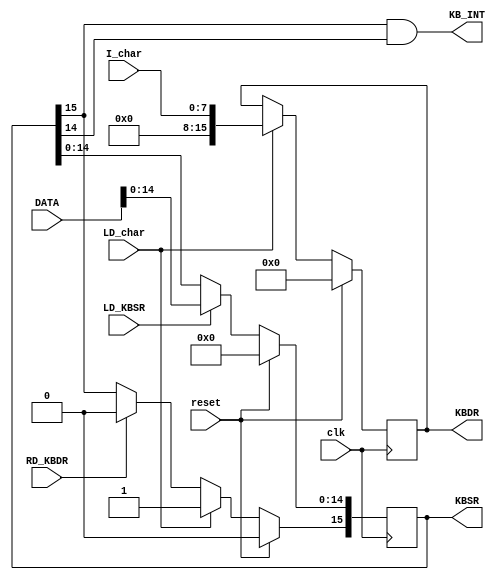
`timescale 1ns / 1ps
//////////////////////////////////////////////////////////////////////////////////
// Company: 
// Engineer: 
// 
// Design Name: 
// Module Name:    LC3_keyboard_reg 
// Project Name: 
// Target Devices: 
// Tool versions: 
// Description: 
//
// Dependencies: 
//
// Revision: 
// Revision 0.01 - File Created
// Additional Comments: 
//
//////////////////////////////////////////////////////////////////////////////////
module LC3_keyboard_reg(
		input						clk,
		input						reset,
		
		input						LD_KBSR,
		input						RD_KBDR,
		input			[15:0]	DATA,
		
		input			[7:0]		I_char,
		input						LD_char,
		
		output	reg[15:0]	KBDR,
		output	reg[15:0]	KBSR,
		output					KB_INT
    );
		
		always@(posedge	clk)	if (reset)	begin
			KBSR<=16'b0;
			KBDR<=16'b0;
		end
		else begin
			if(LD_char)	begin
				KBDR<={8'b0,I_char};
				KBSR[15]<=1'b1;
			end else	if(RD_KBDR)
				KBSR[15]<=1'b0;
			
			if(LD_KBSR)
				KBSR[14:0]<=DATA[14:0];
			
		end
		

		assign	KB_INT=KBSR[15]&KBSR[14];

endmodule